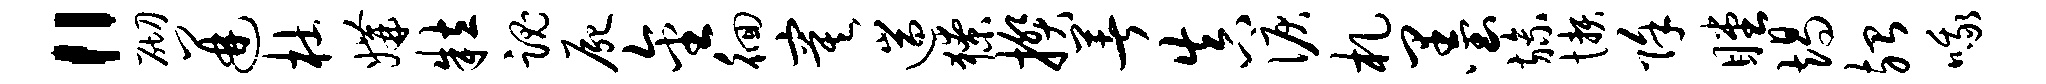
“砌迸杜媾粒魂尸金徊寞遄獠揆著真泪札墨旒懒除瞠竭殆哦